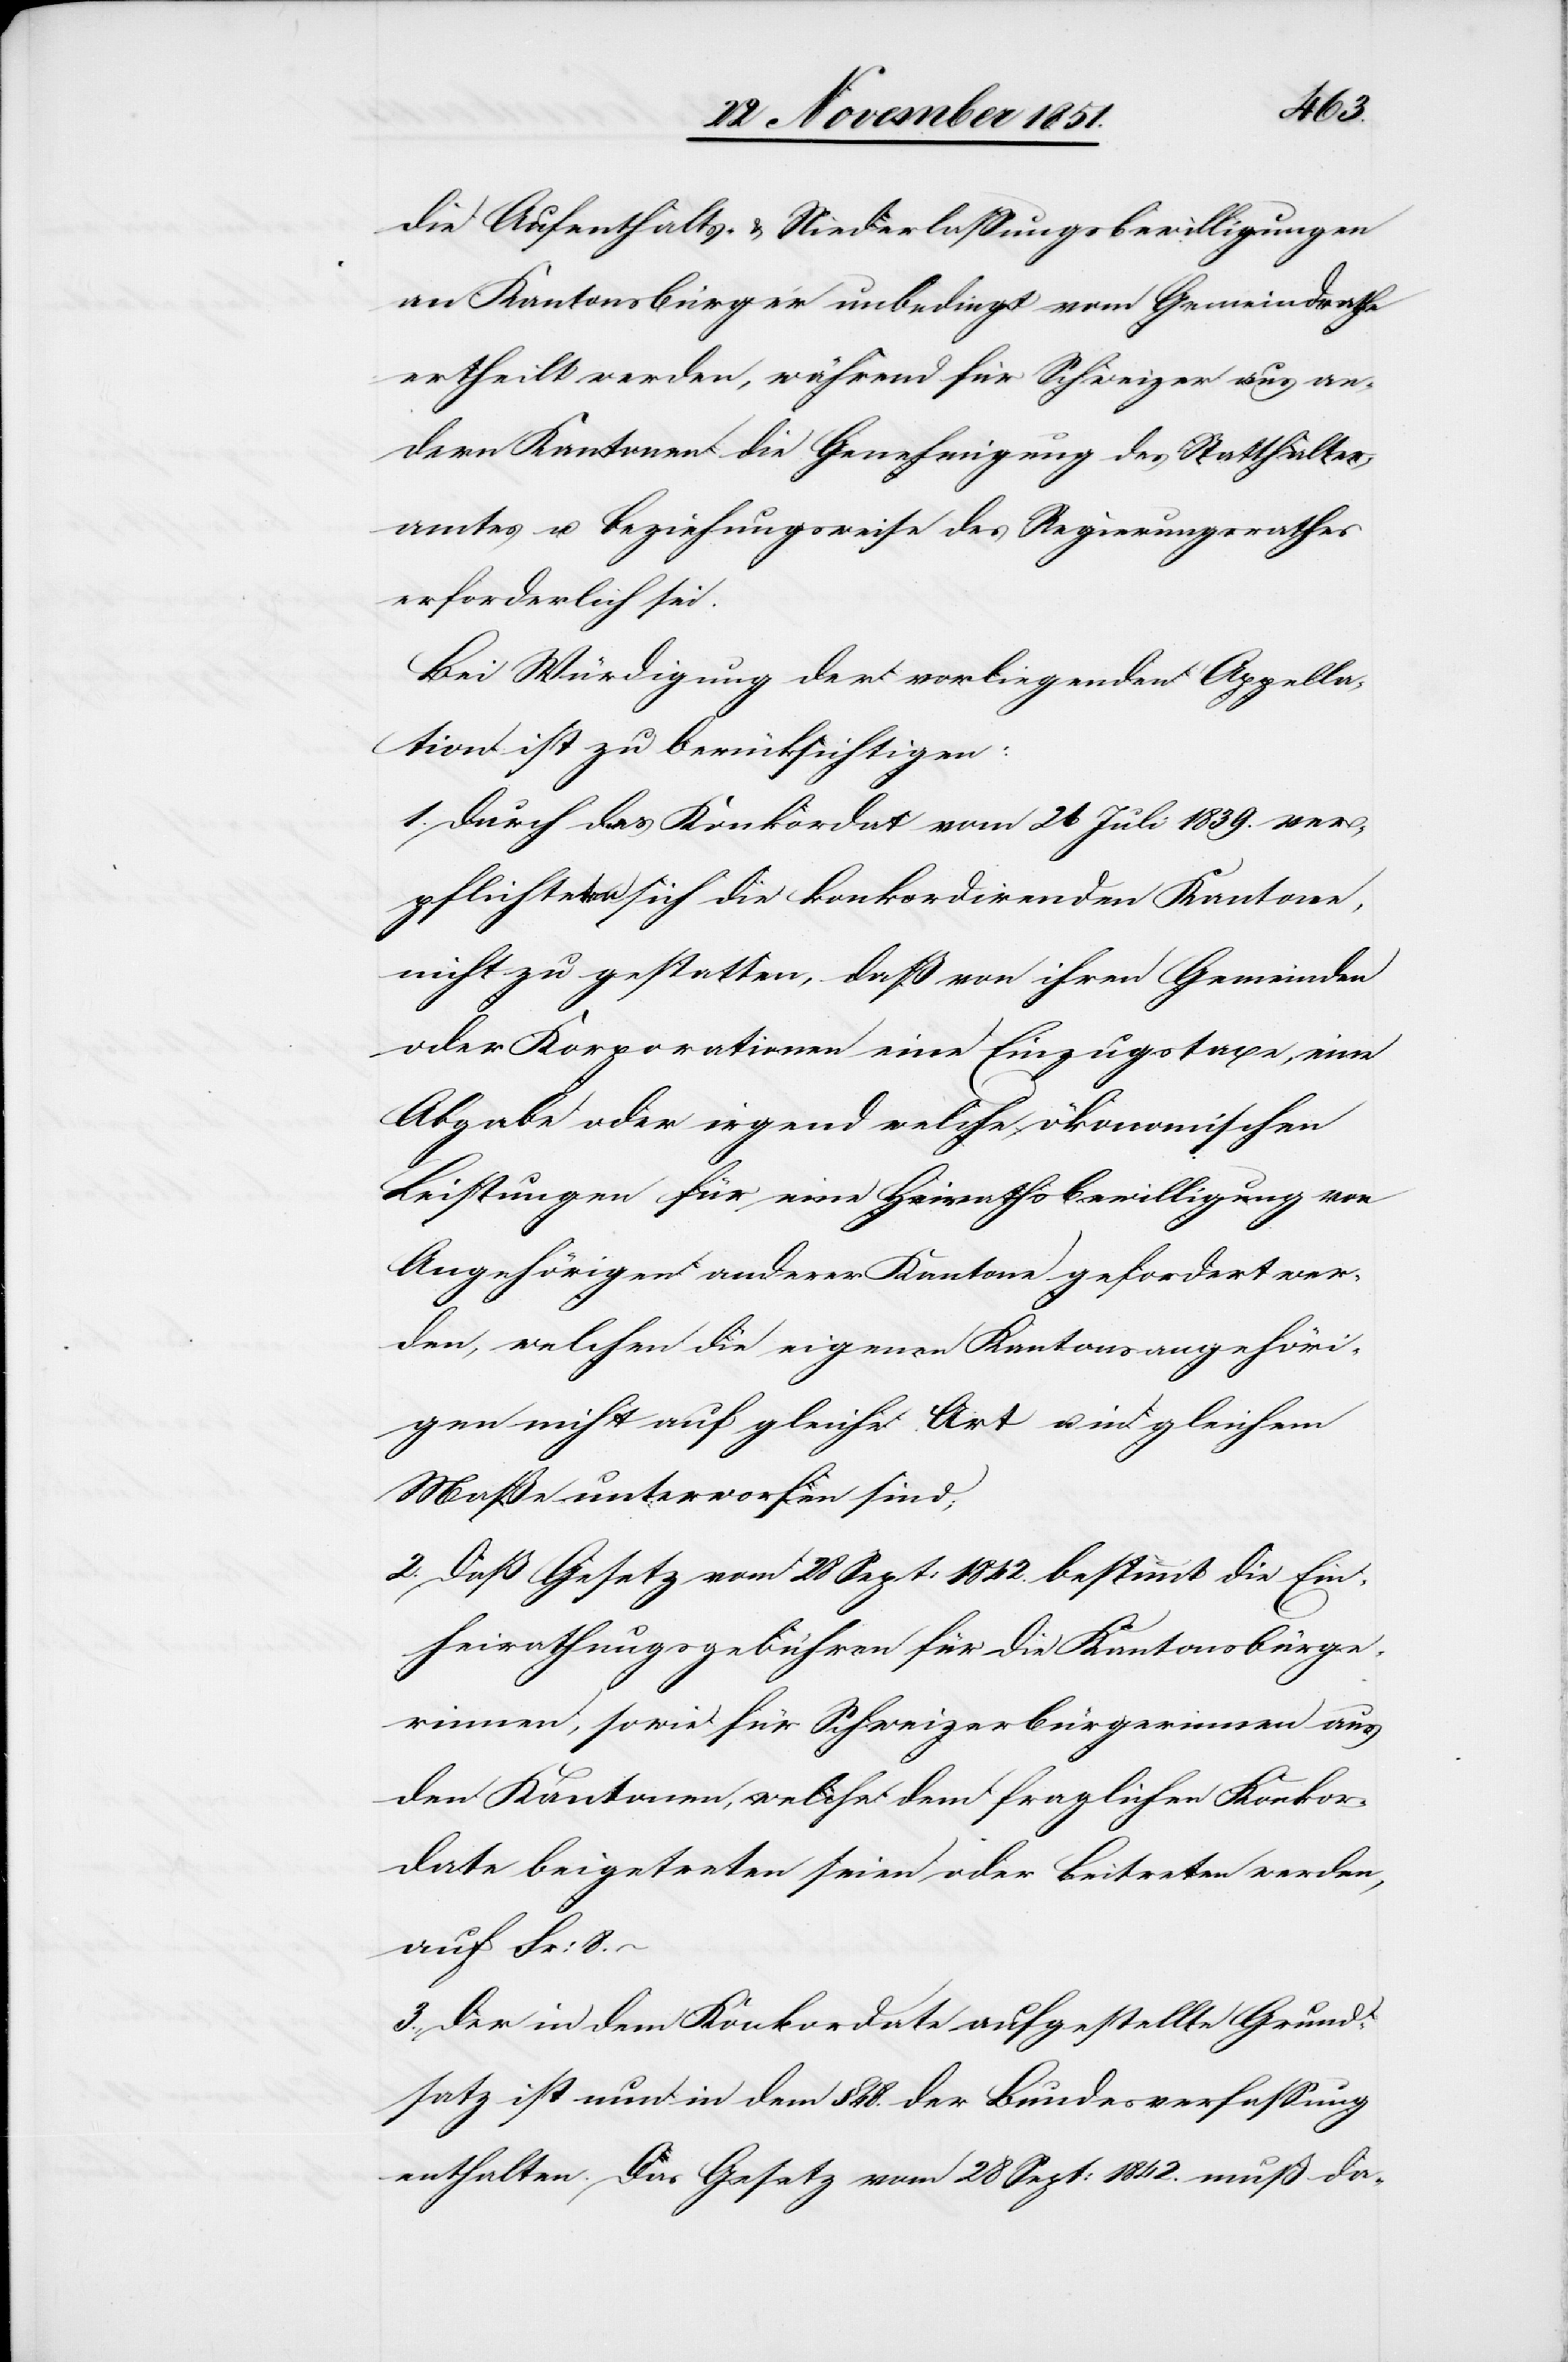
die Aufenthalts- & Niederlassungsbewilligungen
an Kantonsbürger unbedingt vom Gemeindrathe
ertheilt werden, während für Schweizer aus an¬
dern Kantonen die Genehmigung des Statthalter¬
amtes u. beziehungsweise des Regierungsrathes
erforderlich sei.
Bei Würdigung der vorliegenden Appella¬
tion ist zu berücksichtigen:
1. Durch das Konkordat vom 26 Juli 1839. ver¬
pflichteten sich die konkordirenden Kantone,
nicht zu gestatten, daß von ihren Gemeinden
oder Korporationen eine Einzugstaxe, eine
Abgabe oder irgend welche ökonomischen
Leistungen für eine Heirathsbewilligung von
Angehörigen anderer Kantone gefordert wer¬
den, welchen die eigenen Kantonsangehöri¬
gen nicht auf gleiche Art u. in gleichem
Maße unterworfen sind;
2. Daß [sic!] Gesetz vom 28 Sept: 1842. bestimmt die Ein¬
heirathungsgebühren für die Kantonsbürge¬
rinnen, sowie für Schweizerbürgerinnen aus
den Kantonen, welche dem fraglichen Konkor¬
date beigetreten seien oder beitreten werden,
auf Fr: 8.–
3., Der in dem Konkordate aufgestellte Grund¬
satz ist nun in dem § 48. der Bundesverfassung
enthalten. Das Gesetz vom 28 Sept: 1842. muß da-